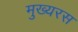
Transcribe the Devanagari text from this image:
मुख्यरस